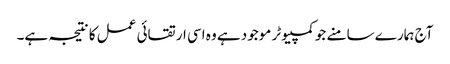
آج ہمارے سامنے جو کمپیوٹر موجود ہے وہ اسی ارتقائی عمل کا نتیجہ ہے۔